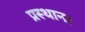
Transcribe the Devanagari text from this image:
प्रस्थान।